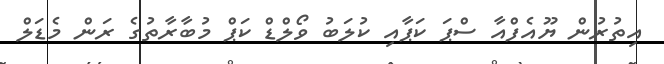
އިތުރުން ޔޫއެފްއާ ސްޕަ ކަޕާއި ކުލަބު ވޯލްޑް ކަޕް މުބާރާތުގެ ރަން މެޑަލް